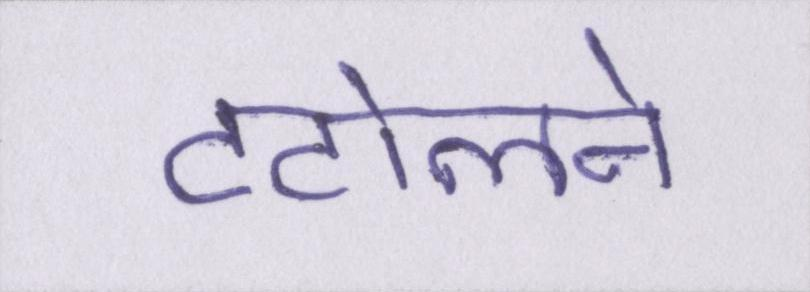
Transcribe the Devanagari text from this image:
टटोलने